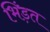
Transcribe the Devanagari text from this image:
भिंड़त